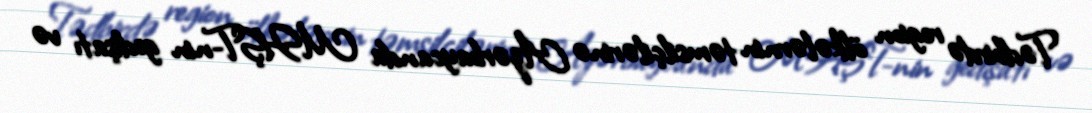
Tədbirdə region ölkələrnin təmsilçilərinə Azərbaycanda MHŞT-nin gedişatı və